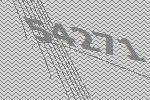
54271